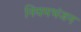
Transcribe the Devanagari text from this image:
नियमभंजन